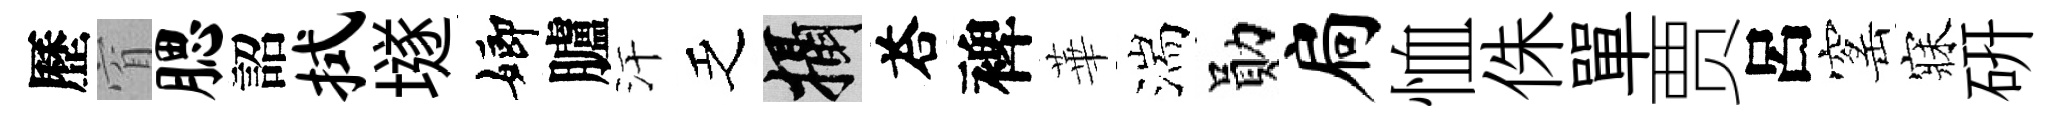
歷窅腮詔拭𡑞嫏臚汗乏攝荅裨華湍勛扃恤侏單贾呂窰寐硏